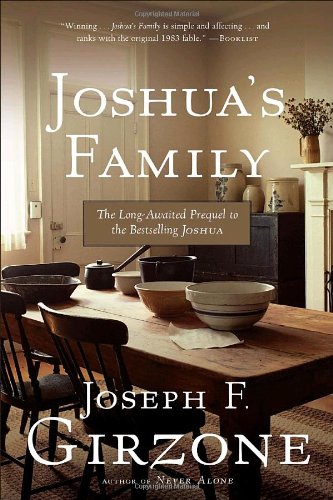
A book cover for Joshua's Family: The Long-Awaited Prequel to the Bestselling Joshua; Joseph F. Girzone; Christian Books & Bibles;